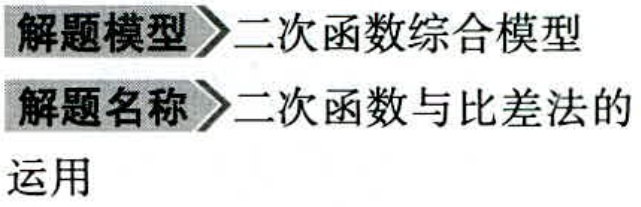
解题模型$\rhd$二次函数综合模型
解题名称$\rhd$二次函数与比差法的
运用